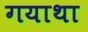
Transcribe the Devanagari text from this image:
गयाथा